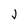
Character: J